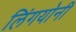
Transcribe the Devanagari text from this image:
लिंगयोनी